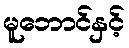
မူဘောင်နှင့်